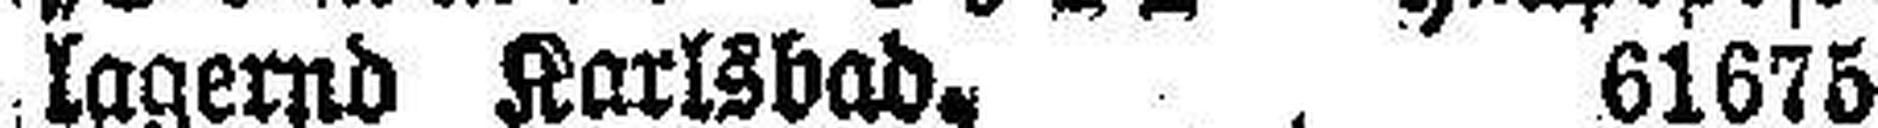
lagend Karlsbad. 61675